Alphabetical list of drugs, medicines and other preparations free from, and containing, spirit compiled from the results of tests made by the customs houses at Calcutta, Bombay, and Madras
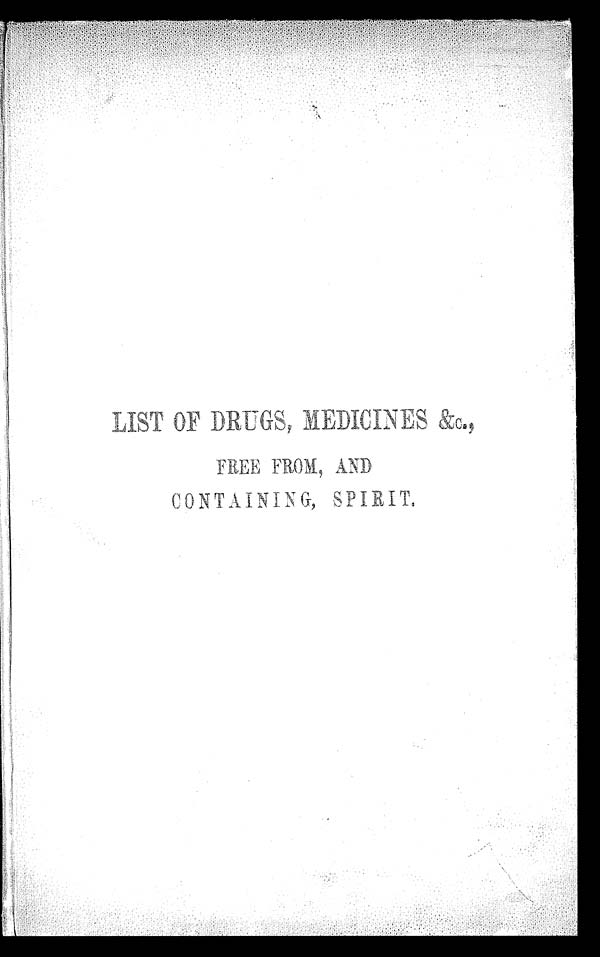
A
N D
a ,
C O N T A I N I N G , S P I R I T
.